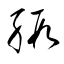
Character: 緞